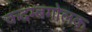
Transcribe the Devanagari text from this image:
कदम्बगोलक